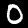
Label: 0